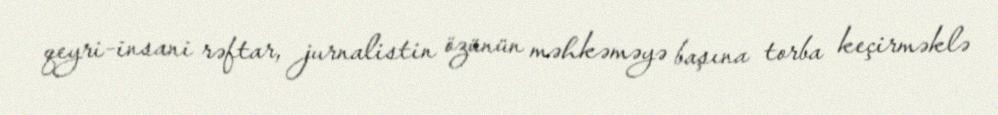
qeyri-insani rəftar, jurnalistin özünün məhkəməyə başına torba keçirməklə